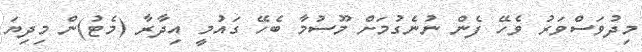
މިދުވަސްވަރު ވެހޭ ފެން ނުނެގުމަށް މޫސުމާ ބެހޭ ގައުމީ އިދާރާ (މެޓު)ން މިދިޔަ